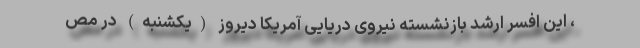
، این افسر ارشد بازنشسته نیروی دریایی آمریکا دیروز (یکشنبه) در مص